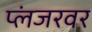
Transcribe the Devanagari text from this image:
प्लंजरवर